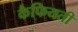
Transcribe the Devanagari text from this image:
कैफियती